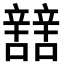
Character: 𨐼